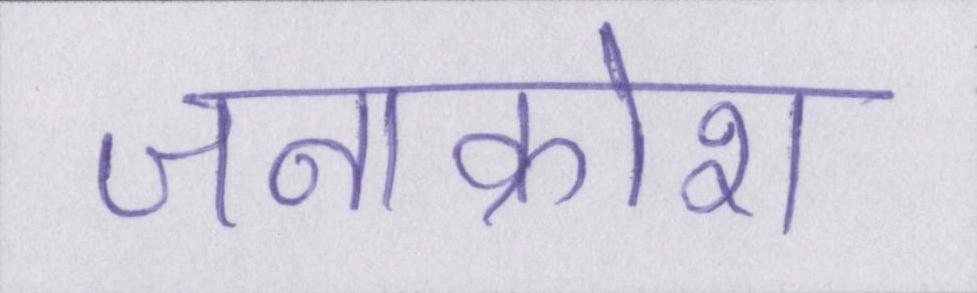
जनाक्रोश